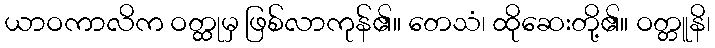
ယာဝကာလိက ဝတ္ထုမှ ဖြစ်လာကုန်၏။ တေသံ၊ ထိုဆေးတို့၏။ ဝတ္တူနိ၊